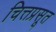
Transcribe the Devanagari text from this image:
चित्तप्रसूत